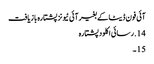
آئی فون ڈیٹا کے بغیر آئی ٹیونز پشتارہ بازیافت
14. رسائی اکلود پشتارہ
15 ۔